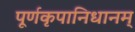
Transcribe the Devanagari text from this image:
पूर्णकृपानिधानम्